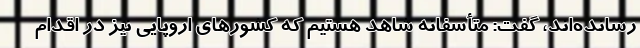
رسانده‌اند، گفت: متأسفانه شاهد هستیم که کشورهای اروپایی نیز در اقدام